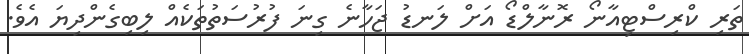
ތަރި ކްރިސްޓިއާނޯ ރޮނާލްޑޯ އަށް ލަނޑު ޖަހާނެ ގިނަ ފުރުސަތުތަކެއް ލިބިގެންދިޔަ އެވެ.